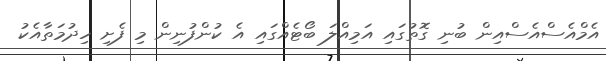
އެމްއެސްއެސްއިން ބުނި ގޮތުގައި އަމިއްލަ ބޯޓެއްގައި އެ ކުންފުނިން މި ފެށި ހިދުމަތާއެކު